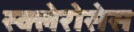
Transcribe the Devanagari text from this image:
स्क्लेरोसेस